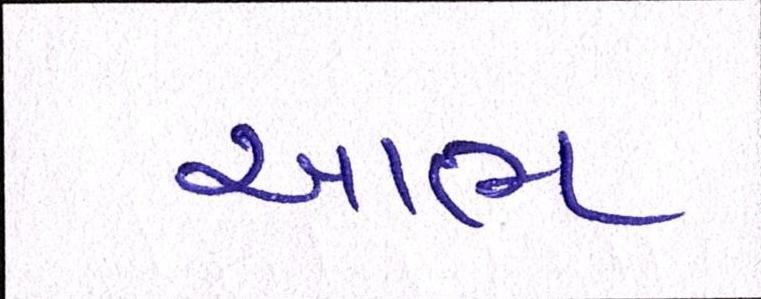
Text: આભ